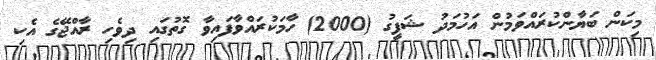
މިކަން ބަޔާންކުރައްވަމުން އަހުމަދު ޝަފީގު (2000) ހާމަކުރައްވާފައިވާ ގޮތުގައި ދިވެހި ރާއްޖޭގެ އެކި